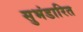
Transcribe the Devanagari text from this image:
सुभंडारित